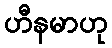
ဟီနမာဟု